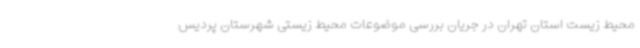
محیط زیست استان تهران در جریان بررسی موضوعات محیط زیستی شهرستان پردیس